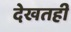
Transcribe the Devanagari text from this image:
देखतही